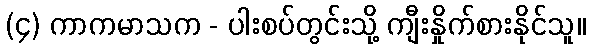
(၄) ကာကမာသက - ပါးစပ်တွင်းသို့ ကျီးနှိုက်စားနိုင်သူ။